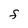
Character: F